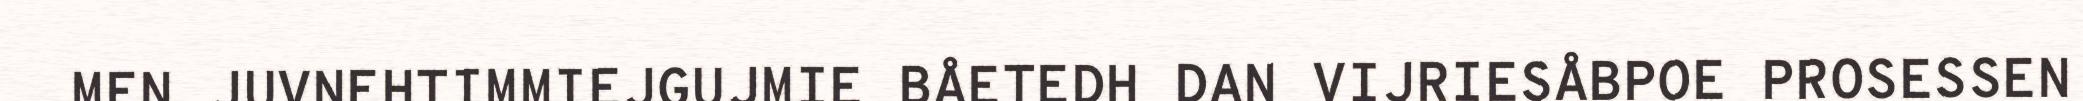
MEN JUVNEHTIMMIEJGUJMIE BÅETEDH DAN VIJRIESÅBPOE PROSESSEN